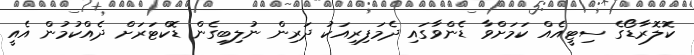
ކޮލޮރާޑޯގެ ސިޓީއެއް ކަމަށްވާ ޑެންވާގައި ދެމަފިރިއަކު ދަރިން ނުލިބިގެން ޑޮކްޓަރަށް ދެއްކުމުން އެއީ